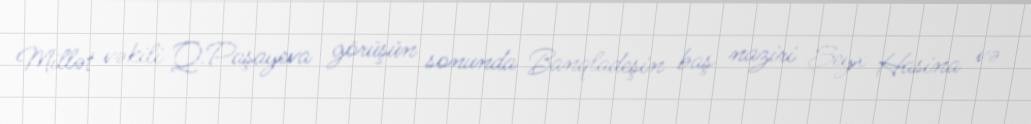
Millət vəkili Q.Paşayeva görüşün sonunda Banqladeşin baş naziri Şeyx Hasina və